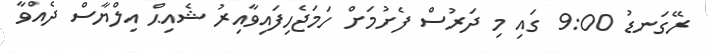
ރޭގަނޑު 9:00 ގައި މި ދަރުސް ފެށުމަށް ހަމަޖެހިފައިވާއިރު ޝެއިޙް އިލްޔާސް ދެއްވާ